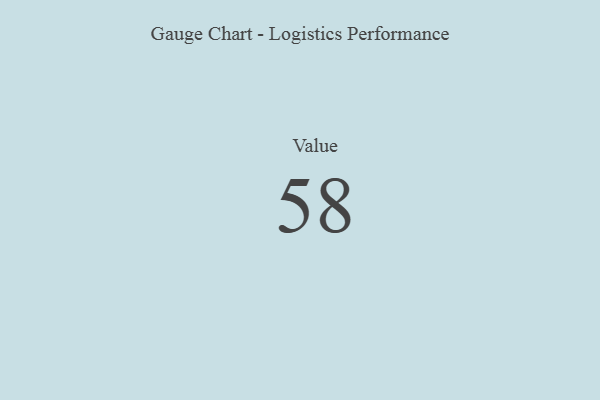
{"axis": {"x": "Metric", "y": "Value"}, "legend": [""], "data": [{"x": "Value", "y": 58, "type": ""}]}